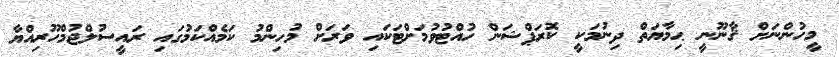
މީހުންނަށް ޤާނޫނީ ޙިމާޔަތް ދިނުމަކީ ކޮރަޕްޝަން ހުއްޓުވުމަށްޓަކައި ވަރަށް މުހިންމު ކަމެއްކަމުގައި ރައީސުލްޖުމްހޫރިއްޔާ